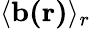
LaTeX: \langle\mathbf{b(r)}\rangle_{r}